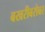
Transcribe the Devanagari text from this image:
बखरीबरोबर